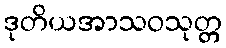
ဒုတိယအာသဝသုတ္တ